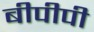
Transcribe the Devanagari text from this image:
बीपीपी